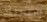
وضعتك